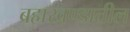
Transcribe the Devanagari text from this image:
ब्रह्मखण्डातील